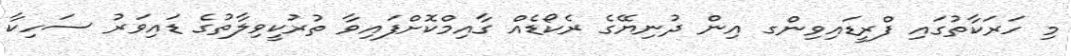
މި ހަރަކާތުގައި ފްރީޑައިވިންގ އިން ދުނިޔޭގެ ރެކޯޑެއް ގާއިމްކޮށްފައިވާ ތުރުކީވިލާތުގެ ޑައިވަރު ސަހިކާ